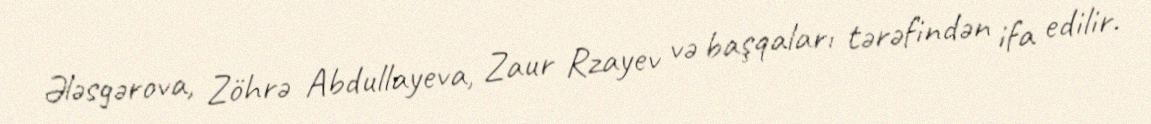
Ələsgərova, Zöhrə Abdullayeva, Zaur Rzayev və başqaları tərəfindən ifa edilir.